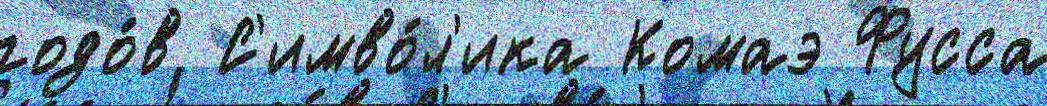
годо́в С'имво́л'ика Комаэ Фусса